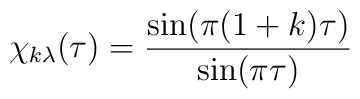
\chi _{k\lambda }(\tau )=\frac{\sin (\pi (1+k)\tau )}{\sin (\pi \tau )}